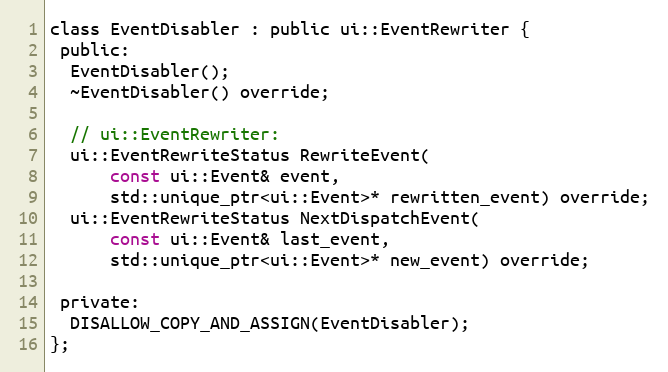
Language: C
class EventDisabler : public ui::EventRewriter {
 public:
  EventDisabler();
  ~EventDisabler() override;

  // ui::EventRewriter:
  ui::EventRewriteStatus RewriteEvent(
      const ui::Event& event,
      std::unique_ptr<ui::Event>* rewritten_event) override;
  ui::EventRewriteStatus NextDispatchEvent(
      const ui::Event& last_event,
      std::unique_ptr<ui::Event>* new_event) override;

 private:
  DISALLOW_COPY_AND_ASSIGN(EventDisabler);
};